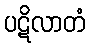
ပဋိလာတံ